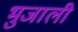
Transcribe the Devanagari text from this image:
भुजाली